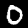
Digit: 0